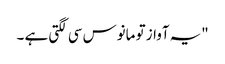
"یہ آواز تو مانوس سی لگتی ہے ۔